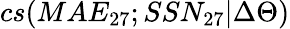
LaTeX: cs(MAE_{27};SSN_{27}|\Delta\Theta)